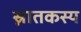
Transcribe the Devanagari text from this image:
स्नातकस्य